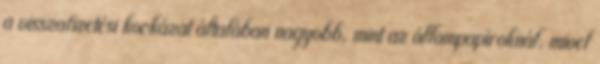
a visszafizetési kockázat általában nagyobb, mint az állampapíroknál, mivel